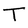
Character: T